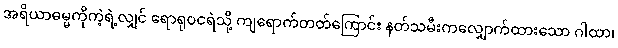
အရိယာဓမ္မကိုကဲ့ရဲ့လျှင် ရောရုဝငရဲသို့ ကျရောက်တတ်ကြောင်း နတ်သမီးကလျှောက်ထားသော ဂါထာ၊